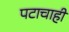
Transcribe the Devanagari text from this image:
पटाचाही